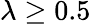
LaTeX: \lambda\ge 0.5